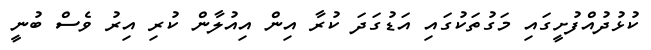
ކުޅުދުއްފުށީގައި މަގުތަކުގައި އަޑުގަދަ ކުރާ އިން އިއުލާން ކުރި އިރު ވެސް ބުނީ